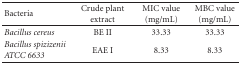
| Bacteria | Crude plant extract | MIC value (mg/mL) | MBC value (mg/mL) |
 | --- | --- | --- | --- |
 | Bacillus cereus | BE II | 33.33 | 33.33 |
 | Bacillus spizizenii ATCC 6633 | EAE I | 8.33 | 8.33 |